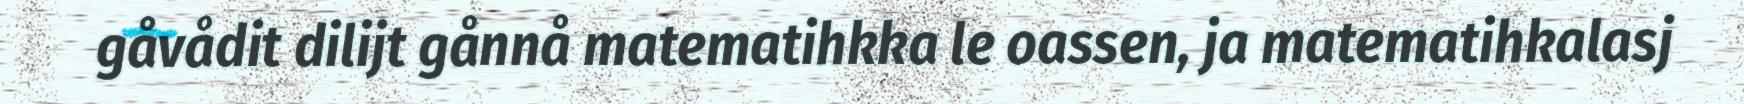
gåvådit dilijt gånnå matematihkka le oassen, ja matematihkalasj